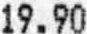
19.90